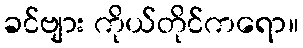
ခင်ဗျား ကိုယ်တိုင်ကရော။